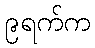
၉ရက်က